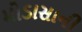
મોડાસાની